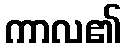
ကာလ၏